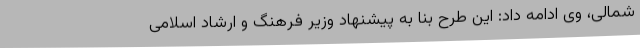
شمالی، وی ادامه داد: این طرح بنا به پیشنهاد وزیر فرهنگ و ارشاد اسلامی